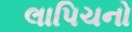
લાપિચનો